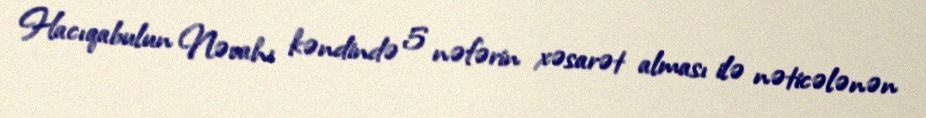
Hacıqabulun Nəvahı kəndində 5 nəfərin xəsarət alması ilə nəticələnən